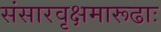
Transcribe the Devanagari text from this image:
संसारवृक्षमारूढाः